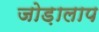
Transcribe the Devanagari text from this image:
जोड़ालाप